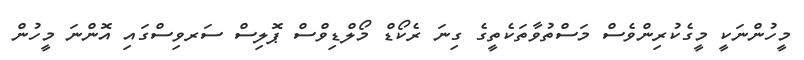
މީހުންނަކީ މީގެކުރިންވެސް މަސްތުވާތަކެތީގެ ގިނަ ރެކޯޑް މޯލްޑިވްސް ޕޮލިސް ސަރވިސްގައި އޮންނަ މީހުން